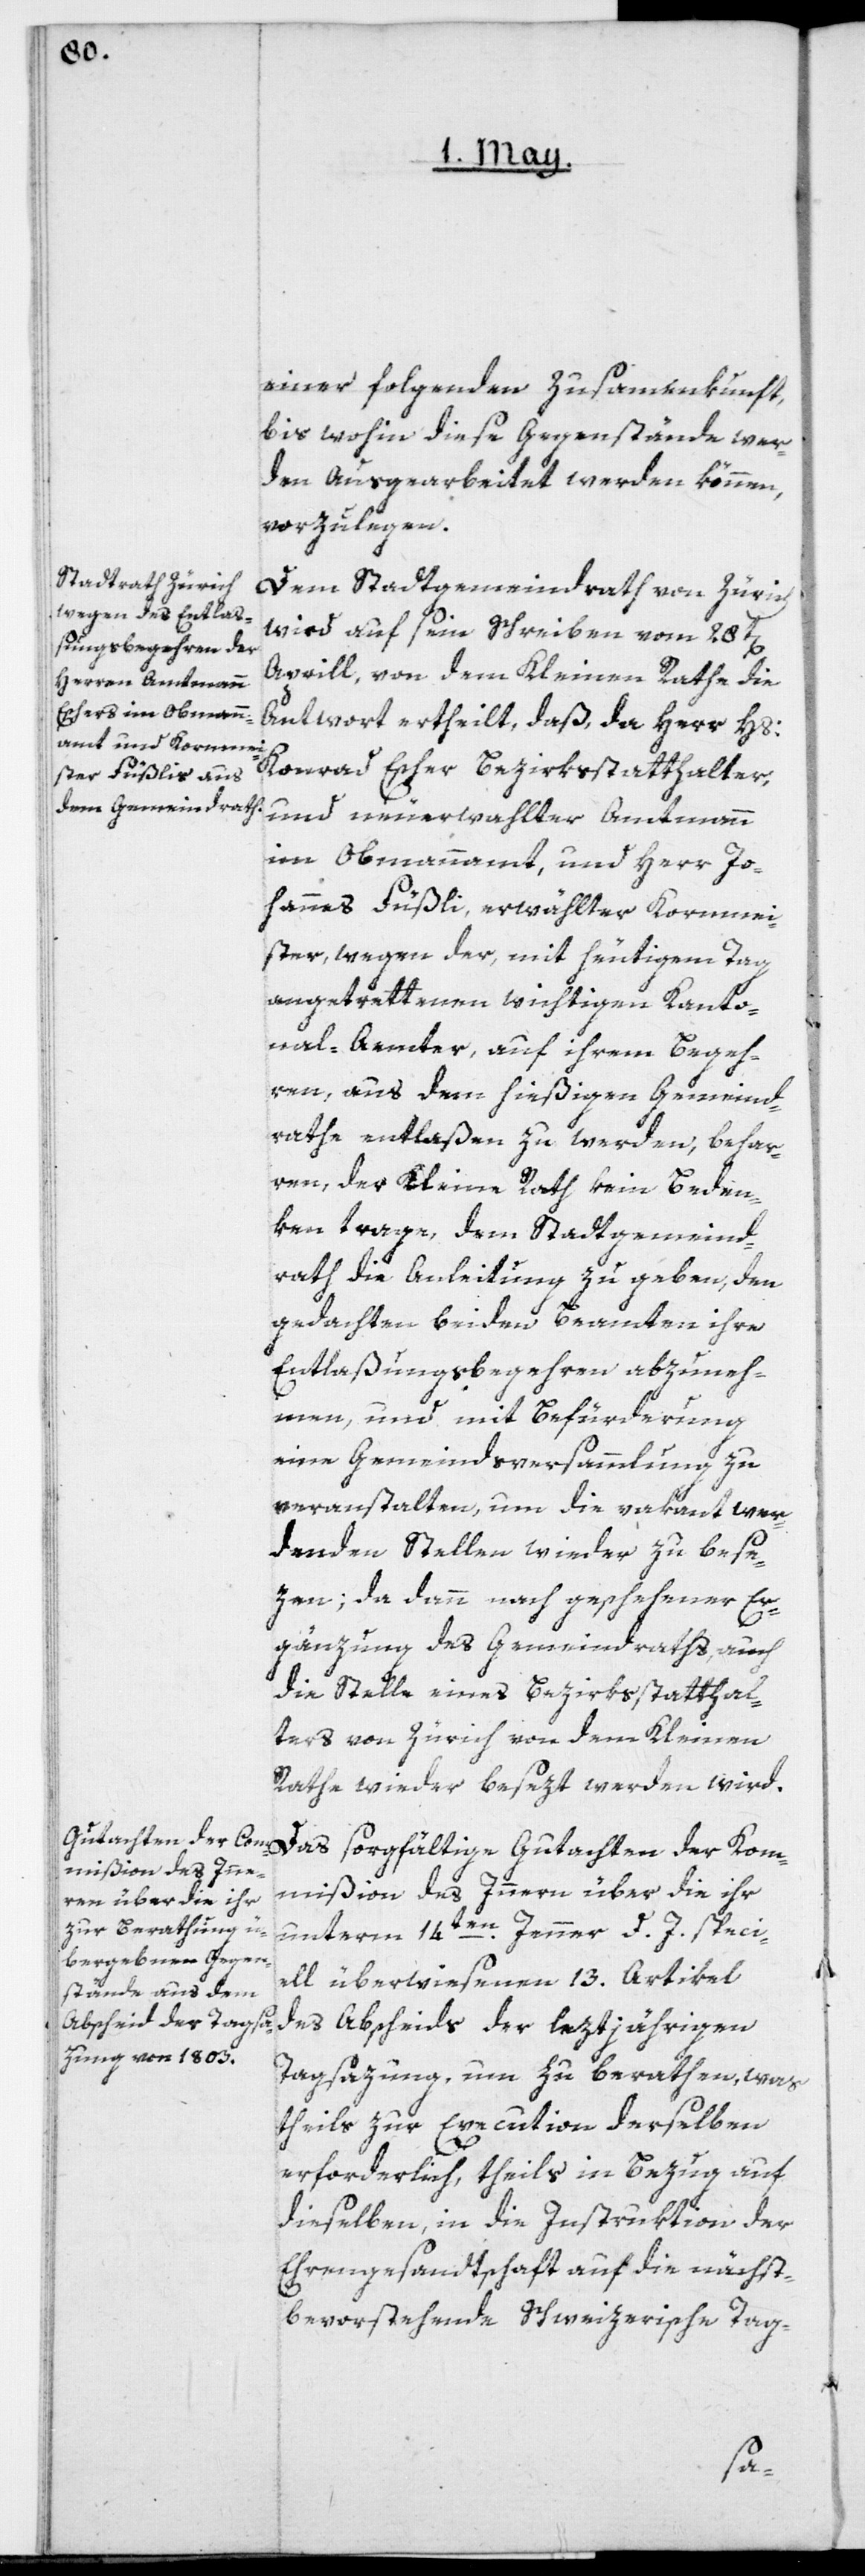
einer folgenden Zusammenkunft,
bis wohin diese Gegenstände wer¬
den ausgearbeitet werden können,
vorzulegen.
Dem Stadtgemeindrath von Zürich
wird auf sein Schreiben vom 28t[en]
Aprill, von dem Kleinen Rathe die
Antwort ertheilt, daß, da Herr Hs:
Konrad Escher, Bezirksstatthalter,
und neuerwahlter Amtmann
im Obmannamt, und Herr Jo¬
hannes Füßli, erwählter Kornmei¬
ster, wegen der mit heutigen Tag
angetrettenen wichtigen Kanto¬
nal-Aemter, auf ihrem Begeh¬
ren aus dem hießigen Gemeind¬
rathe zu entlaßen zu werden behar¬
ren, der Kleine Rath kein Beden¬
ken trage, dem Stadtgemeind¬
rath die Anleitung zu geben, den
gedachten beiden Beamten ihre
Entlaßungsbegehren abzuneh¬
men, und mit Befürderung
eine Gemeindsversammlung zu
veranstalten, um die vakant wer¬
denden Stellen wieder zu bese¬
zen; da dann nach geschehener Er¬
gänzung des Gemeindraths, auch
die Stelle eines Bezirkßtatthal¬
ter von Zürich von dem Kleinen
Rathe wieder besezt werden wird.
Das sorgfältige Gutachten der Kom¬
mißion des Innern über die ihr
unterm 14ten Jenner d. J. speci¬
ell überwiesenen 13. Artikel
des Abscheids der leztjährigen
Tagsazung, um zu berathen, was
theils zur Execution derselben
erforderlich, theils in Bezug auf
dieselben, in die Instruktion der
Ehrengesandtschaft auf die nächst¬
bevorstehende Schweizerische Tag-